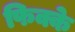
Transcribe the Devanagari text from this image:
फिक्के